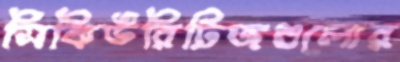
সিকিউরিটিজগুলোর